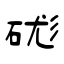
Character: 硥